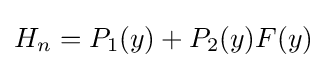
H_{n}=P_{1}(y)+P_{2}(y)F(y)